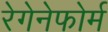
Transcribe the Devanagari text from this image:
रेगेनेफोर्म